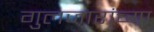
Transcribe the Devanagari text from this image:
गुलजारांच्या